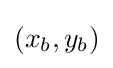
(x_{b},y_{b})